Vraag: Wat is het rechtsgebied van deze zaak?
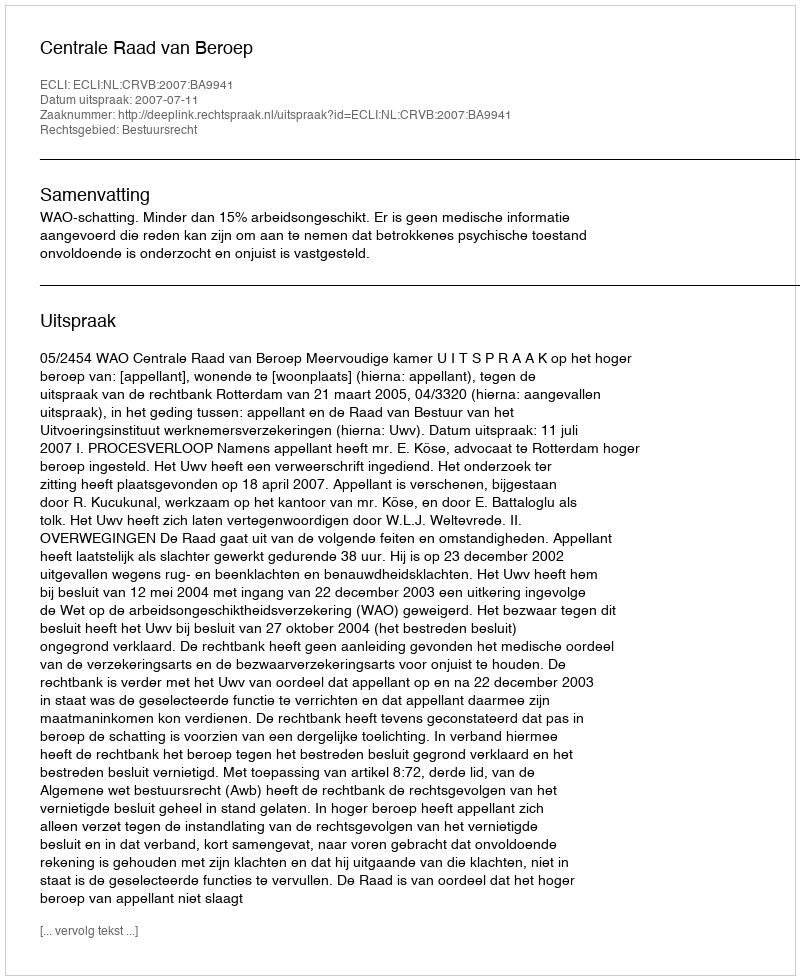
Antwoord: Bestuursrecht